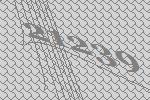
21239